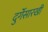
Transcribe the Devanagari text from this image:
दुर्गेसारखी